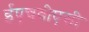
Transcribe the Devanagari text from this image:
ईएचवीएसी